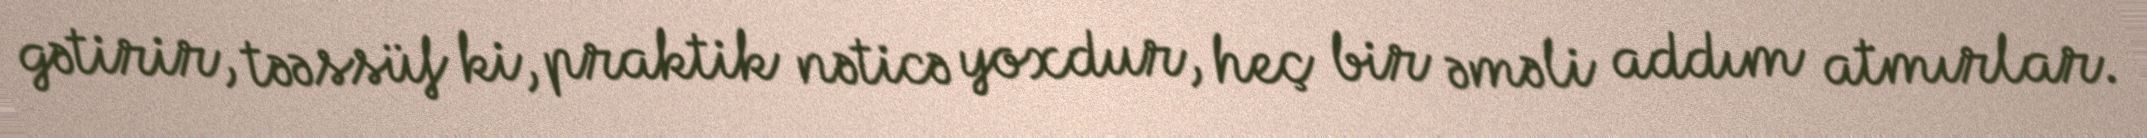
gətirir, təəssüf ki, praktik nəticə yoxdur, heç bir əməli addım atmırlar.